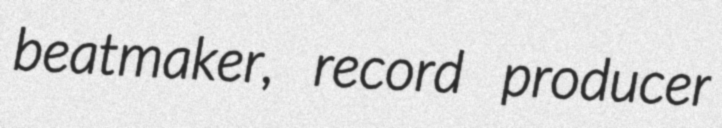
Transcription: beatmaker, record producer